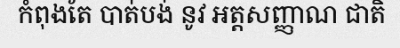
កំពុងតែ បាត់បង់ នូវ អត្តសញ្ញាណ ជាតិ